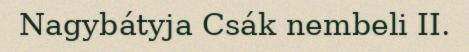
Nagybátyja Csák nembeli II.